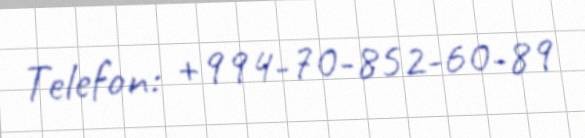
Telefon: +994-70-852-60-89